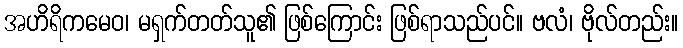
အဟိရိကမေဝ၊ မရှက်တတ်သူ၏ ဖြစ်ကြောင်း ဖြစ်ရာသည်ပင်။ ဗလံ၊ ဗိုလ်တည်း။